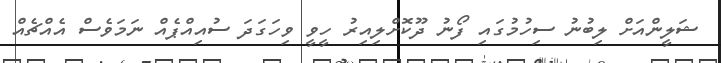
ޝަލީންއަށް ލިބުނު ސިހުމުގައި ފޯނު ދޫކޮށްލިއިރު ހީވީ ވިހަގަދަ ސުއިއްޕެއް ނަމަވެސް އެއްޗެއް